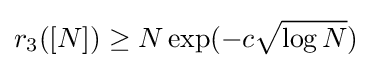
r_{3}([N])\geq N\exp(-c{\sqrt {\log N}})